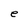
Character: e